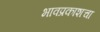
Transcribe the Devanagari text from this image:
भावप्रकाशचा